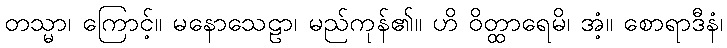
တသ္မာ၊ ကြောင့်။ မနောသေဠာ၊ မည်ကုန်၏။ ဟိ ဝိတ္ထာရေမိ၊ အံ့။ စောရာဒီနံ၊